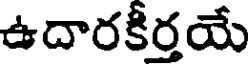
ఉదారకీర్తయే